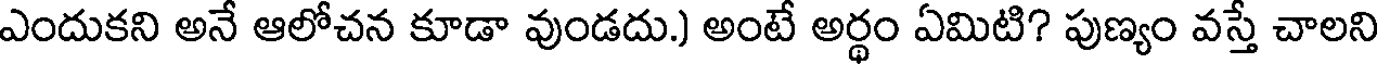
ఎందుకని అనే ఆలోచన కూడా వుండదు.) అంటే అర్థం ఏమిటి? పుణ్యం వస్తే చాలని